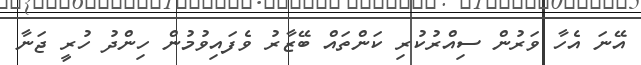
އޭނަ އެހާ ވަރުން ސިއްރުކުރި ކަންތައް ބޭޒާރު ވެފައިވުމުން ހިންދު ހުރީ ޖަނާ